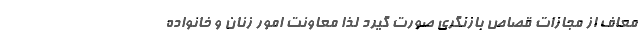
معاف از مجازات قصاص بازنگری صورت گیرد لذا معاونت امور زنان و خانواده